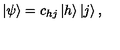
\left| \psi \right> = c _ { h j } \left| h \right> \left| j \right> ,